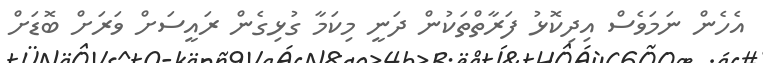
އެހެން ނަމަވެސް އިދިކޮޅު ފަރާތްތަކުން ދަނީ މިކަމާ ގުޅިގެން ރައީސަށް ވަރަށް ބޮޑަށް